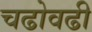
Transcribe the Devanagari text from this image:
चढोवढी